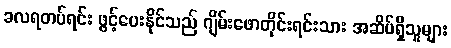
ခလရတပ်ရင်း ဖွင့်ပေးနိုင်သည် ဂျိမ်းဖောတိုင်းရင်းသား အဆိပ်ရှိသူများ